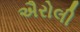
ઐરોલી